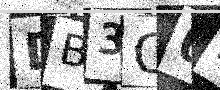
Text: DB3Q02